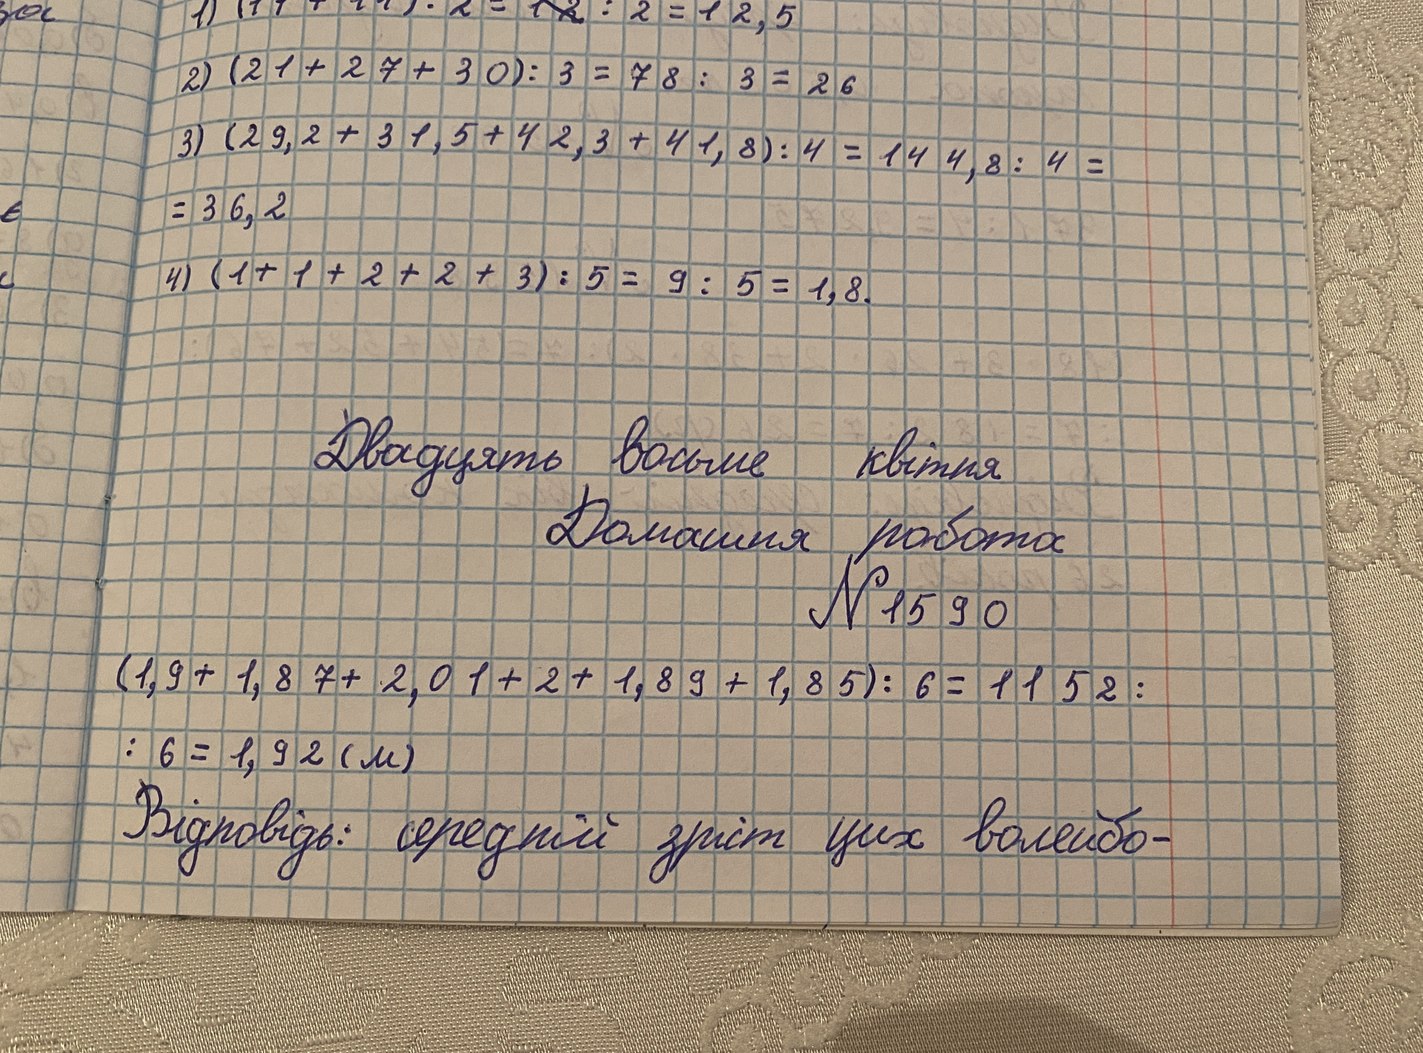
за
1)  · 2 = 1~~2~~ : 2 = 12,5
2) (21 + 27 + 30) : 3 = 78 : 3 = 26
3) (29,2 + 31,5 + 42,3 + 41,8) : 4 = 144,8 : 4 =
= 36,2
є
4) (1 + 1 + 2 + 2 + 3) : 5 = 9 : 5 = 1,8.
Двадцять восьме квітня
Домашня робота
№ 1590
(1,9 + 1,87 + 2,01 + 2 + 1,89 + 1,85) : 6 = 11,52 :
: 6 = 1, 9 2 ( м )
Відповідь: середній зріст цих волейбо-